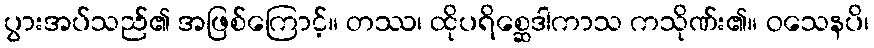
ပွားအပ်သည်၏ အဖြစ်ကြောင့်။ တဿ၊ ထိုပရိစ္ဆေဒါကာသ ကသိုဏ်း၏။ ဝသေနပိ၊